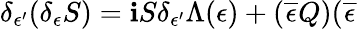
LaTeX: \delta_{\epsilon^{\prime}}(\delta_{\epsilon}S)=\mathbf{i}S\delta_{\epsilon^{\prime}}\Lambda(\epsilon)+(\overline{{{{\epsilon}}}}Q)(\overline{{{{\epsilon}}}}